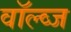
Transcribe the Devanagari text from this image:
वॉल्व्ज